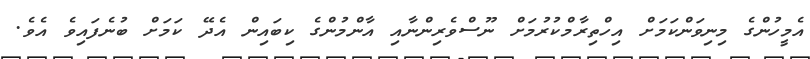
އެމީހުންގެ މިނިވަންކަމަށް އިހްތިރާމްކުރުމަށް ނޫސްވެރިންނާއި އާންމުންގެ ކިބައިން އެދޭ ކަމަށް ބުނެފައިވެ އެވެ.